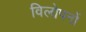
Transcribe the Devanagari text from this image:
विलोपनों